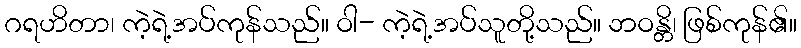
ဂရဟိတာ၊ ကဲ့ရဲ့အပ်ကုန်သည်။ ဝါ- ကဲ့ရဲ့အပ်သူတို့သည်။ ဘဝန္တိ၊ ဖြစ်ကုန်၏။